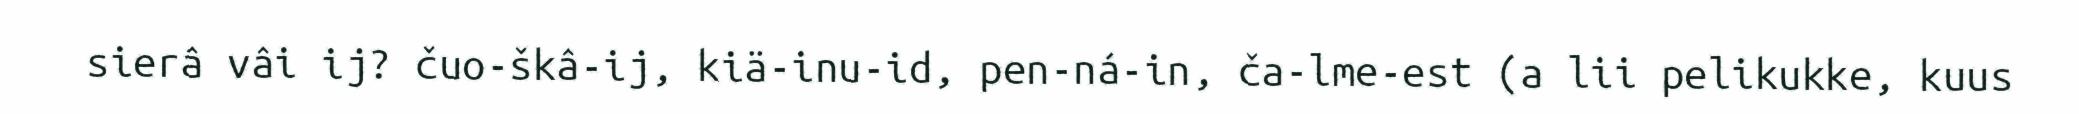
sierâ vâi ij? čuo-škâ-ij, kiä-inu-id, pen-ná-in, ča-lme-est (a lii pelikukke, kuus